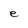
Character: e